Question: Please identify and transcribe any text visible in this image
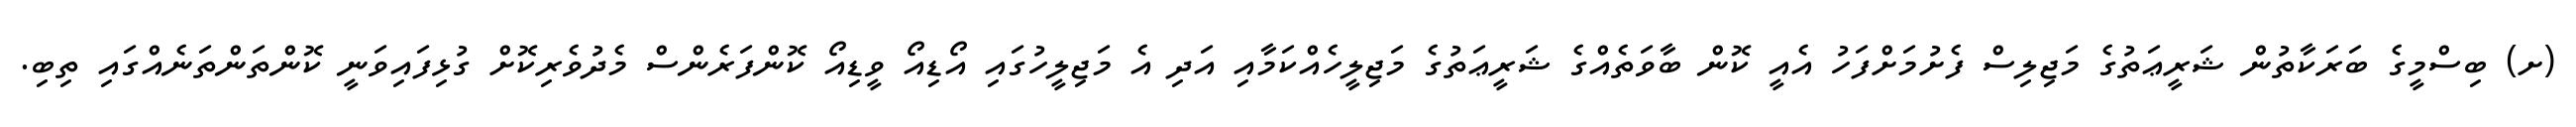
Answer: (ށ) ބިސްމީގެ ބަރަކާތުން ޝަރީޢަތުގެ މަޖިލިސް ފެށުމަށްފަހު އެއީ ކޮން ބާވަތެއްގެ ޝަރީޢަތުގެ މަޖިލީހެއްކަމާއި އަދި އެ މަޖިލީހުގައި އޯޑިއޯ ވީޑިއޯ ކޮންފަރެންސް މެދުވެރިކޮށް ގުޅިފައިވަނީ ކޮންތަންތަނެއްގައި ތިބި.